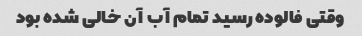
وقتی فالوده رسید تمام آب آن خالی شده بود